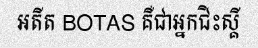
អតីត BOTAS គឺជាអ្នកជិះស្គី